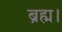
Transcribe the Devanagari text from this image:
ब्रह्म।